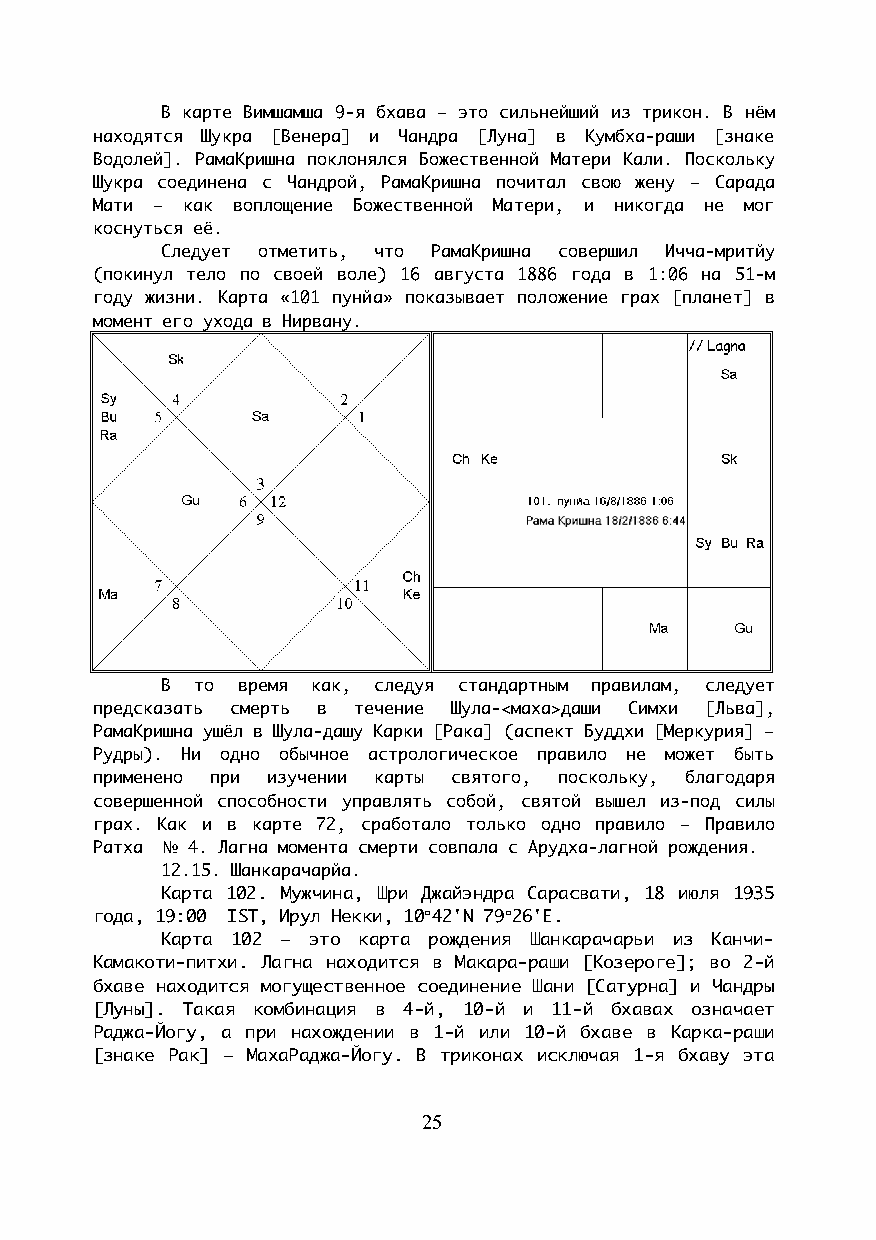
В карте Вимшамша 9-я бхава – это сильнейший из трикон. В нём
 находятся Шукра [Венера] и Чандра [Луна] в Кумбха-раши [знаке
 Водолей]. РамаКришна поклонялся Божественной Матери Кали. Поскольку
 Шукра соединена с Чандрой, РамаКришна почитал свою жену – Сарада
 Мати – как воплощение Божественной Матери, и никогда не мог
 коснуться её.
 Следует отметить, что РамаКришна совершил Ичча-мритйу
 (покинул тело по своей воле) 16 августа 1886 года в 1:06 на 51-м
 году жизни. Карта «101 пунйа» показывает положение грах [планет] в
 момент его ухода в Нирвану.
 В то время как, следуя стандартным правилам, следует
 предсказать смерть в течение Шула-<маха>даши Симхи [Льва],
 РамаКришна ушёл в Шула-дашу Карки [Рака] (аспект Буддхи [Меркурия] –
 Рудры). Ни одно обычное астрологическое правило не может быть
 применено при изучении карты святого, поскольку, благодаря
 совершенной способности управлять собой, святой вышел из-под силы
 грах. Как и в карте 72, сработало только одно правило – Правило
 Ратха № 4. Лагна момента смерти совпала с Арудха-лагной рождения.
 12.15. Шанкарачарйа.
 Карта 102. Мужчина, Шри Джайэндра Сарасвати, 18 июля 1935
 года, 19:00 IST, Ирул Некки, 10°42'N 79°26'E.
 Карта 102 – это карта рождения Шанкарачарьи из Канчи-
 Камакоти-питхи. Лагна находится в Макара-раши [Козероге]; во 2-й
 бхаве находится могущественное соединение Шани [Сатурна] и Чандры
 [Луны]. Такая комбинация в 4-й, 10-й и 11-й бхавах означает
 Раджа-Йогу, а при нахождении в 1-й или 10-й бхаве в Карка-раши
 [знаке Рак] – МахаРаджа-Йогу. В триконах исключая 1-я бхаву эта
 25